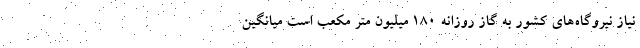
نیاز نیروگاه‌های کشور به گاز روزانه ۱۸۰ میلیون متر مکعب است میانگین